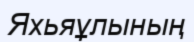
Яхьяұлының